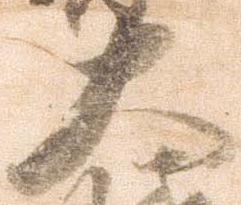
大